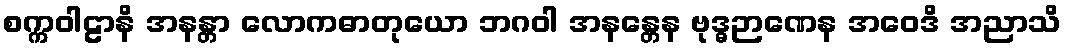
စက္ကဝါဠာနိ အနန္တာ လောကဓာတုယော ဘဂဝါ အနန္တေန ဗုဒ္ဓဉာဏေန အဝေဒိ အညာသိ